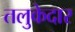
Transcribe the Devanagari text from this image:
तलुकेदार